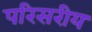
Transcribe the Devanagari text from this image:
परिसरीय